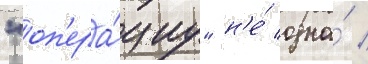
"оп'ера́циу" н'е́ одна́ /